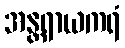
အန္တရာယကရံ